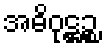
အဓိဝုဋ္ဌဉ္စ